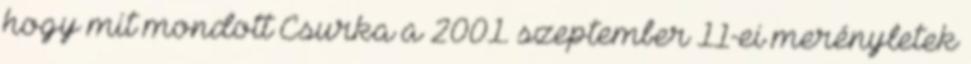
hogy mit mondott Csurka a 2001. szeptember 11-ei merényletek